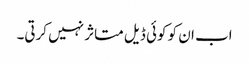
اب ان کو کوئی ڈیل متاثر نہیں کرتی۔